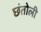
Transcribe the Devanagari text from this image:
छंतोली